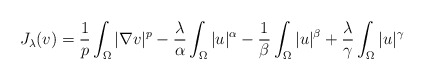
\begin{align*} J_\lambda(v) = \frac 1p \int_\Omega |\nabla v|^p - \frac \lambda\alpha \int_\Omega |u|^\alpha - \frac 1\beta \int_\Omega |u|^\beta + \frac \lambda\gamma \int_\Omega |u|^\gamma\end{align*}